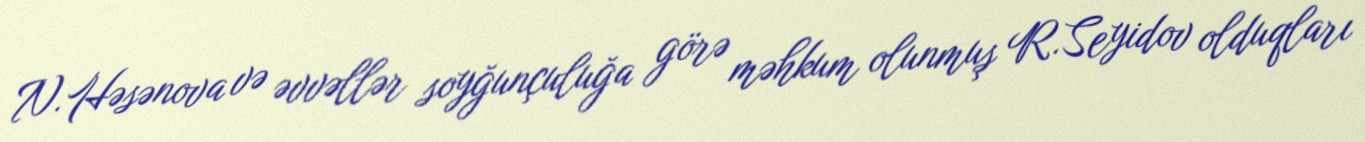
N.Həsənova və əvvəllər soyğunçuluğa görə məhkum olunmuş R.Seyidov olduqları